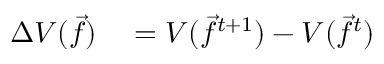
\begin{array} { r l } { \Delta V ( \vec { f } ) } & { { } = V ( \vec { f } ^ { t + 1 } ) - V ( \vec { f } ^ { t } ) } \end{array}